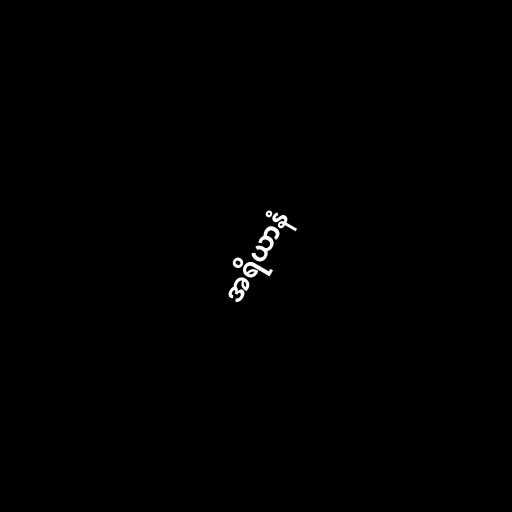
အရိယာနံ